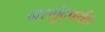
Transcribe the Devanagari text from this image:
नरगुंदपर्यंत